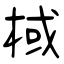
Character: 棫